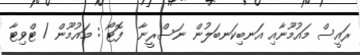
ރައީސް މައުމޫނާއި އަނބިކަނބަލުން ނަސްރީނާ  ފޮޓޯ : މައުމޫން / ޓްވިޓާ